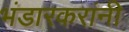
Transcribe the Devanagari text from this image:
भंडारकरांनी